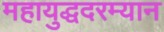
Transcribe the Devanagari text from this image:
महायुद्धदरम्यान